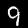
Label: 9